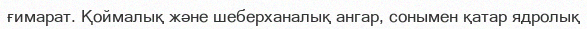
ғимарат. Қоймалық және шеберханалық ангар, сонымен қатар ядролық